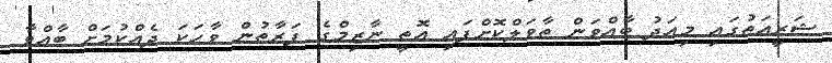
ޝަރީއަތުގައި މިއަދު ބާއްވަން ތާވަލްކޮށްފައި އޮތީ ނާޒިމްގެ ފަރާތުން ވާހަކަ ދެއްކުމަށް ބާއްވާ